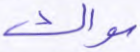
سواك